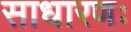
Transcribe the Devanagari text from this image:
साधारणः